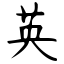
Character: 英